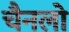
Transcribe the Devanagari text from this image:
चैनलो